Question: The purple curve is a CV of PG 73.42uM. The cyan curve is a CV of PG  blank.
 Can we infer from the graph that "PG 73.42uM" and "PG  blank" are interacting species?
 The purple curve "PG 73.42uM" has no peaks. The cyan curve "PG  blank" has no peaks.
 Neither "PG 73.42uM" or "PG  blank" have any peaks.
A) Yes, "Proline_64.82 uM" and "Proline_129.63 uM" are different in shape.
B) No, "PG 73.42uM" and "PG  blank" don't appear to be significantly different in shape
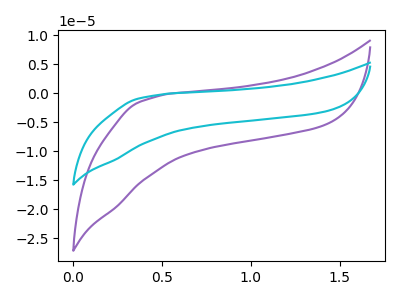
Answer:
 <answer>B) No, "PG 73.42uM" and "PG  blank" don't appear to be significantly different in shape</answer>
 <eval>B</eval>